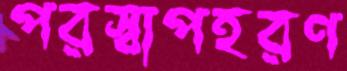
পরস্বাপহরণ